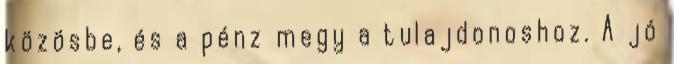
közösbe, és a pénz megy a tulajdonoshoz. A jó